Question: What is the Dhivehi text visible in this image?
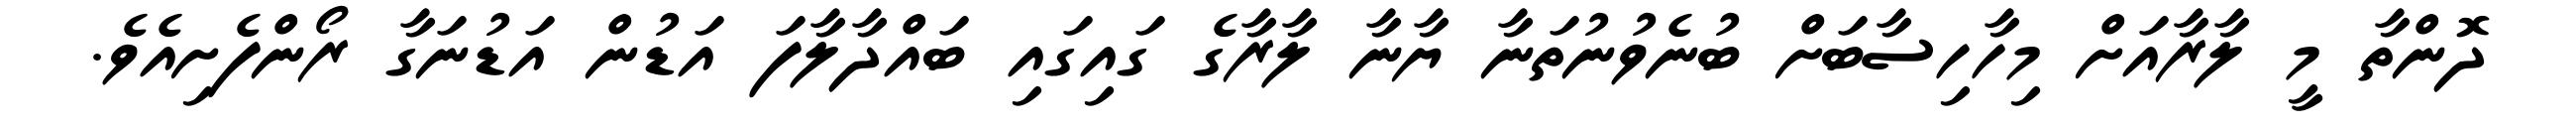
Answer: ދޮންތާ މީ ލާރާއަށް މިހާހިސާބަށް ބުނެވުނުތަނާ ޔާނާ ލާރާގެ ގައިގައި ބައްދާލާފަ އަޑުން އަޑުނަގާ ރޯންފެށިއެވެ.